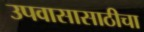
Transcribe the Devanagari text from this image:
उपवासासाठीचा